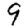
Digit: 9